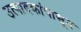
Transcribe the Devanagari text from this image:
उत्पादकांपासून